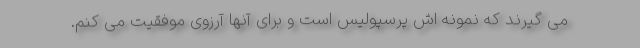
می گیرند که نمونه اش پرسپولیس است و برای آنها آرزوی موفقیت می کنم.